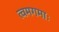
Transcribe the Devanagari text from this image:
त्वमगमाः